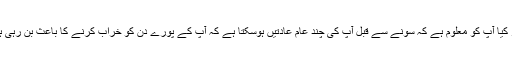
مگر کیا آپ کو معلوم ہے کہ سونے سے قبل آپ کی چند عام عادتیں ہوسکتا ہے کہ آپ کے پورے دن کو خراب کرنے کا باعث بن رہی ہوں؟